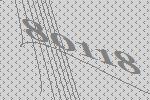
80118